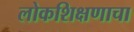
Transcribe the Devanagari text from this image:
लोकशिक्षणाचा